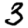
Digit: 3